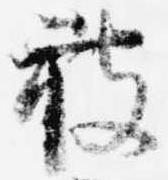
被